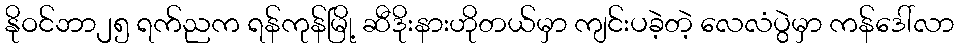
နိုဝင်ဘာ၂၅ ရက်ညက ရန်ကုန်မြို့ ဆီဒိုးနားဟိုတယ်မှာ ကျင်းပခဲ့တဲ့ လေလံပွဲမှာ ကန်ဒေါ်လာ